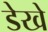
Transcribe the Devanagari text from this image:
डेखे